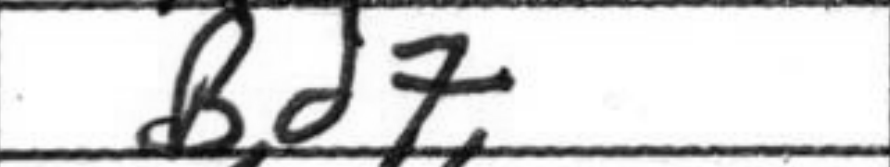
Transcription: Bd7